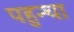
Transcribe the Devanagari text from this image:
पहुन्चा